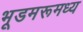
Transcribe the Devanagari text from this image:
भूडमरूमध्य